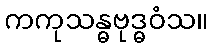
ကကုသန္ဓဗုဒ္ဓဝံသ။